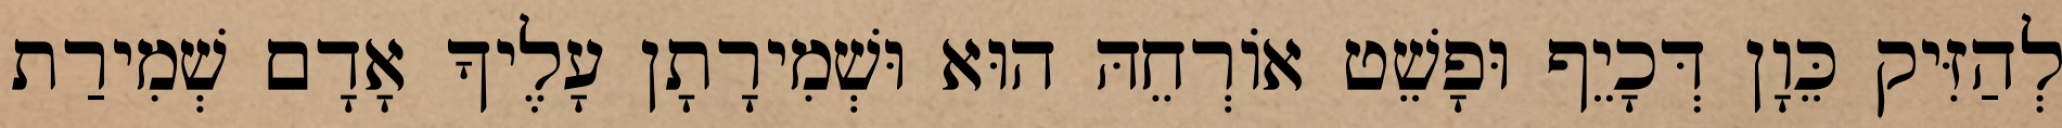
לְהַזִּיק כֵּוָן דְּכָיֵף וּפָשֵׁט אוֹרְחֵהּ הוּא וּשְׁמִירָתָן עָלֶיךָ אָדָם שְׁמִירַת